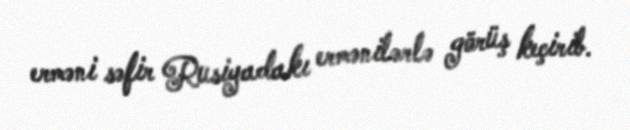
erməni səfir Rusiyadakı ermənilərlə görüş keçirib.